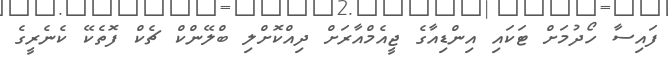
ފައިސާ ހޯދުމަށް ޓަކައި އިންޑިއާގެ ޖީއެމްއާރަށް ދިއްކޮށްލި ބްލޭންކް ޗެކް ފޮތެކޭ ކެނެރީގެ